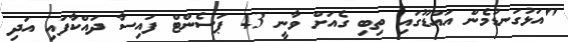
"އަޅުގަނޑުމެން އައްޑޫގައި ތިބި ގެއަށް ވާނީ 43 ޕަސެންޓް ފައިސާ ދައްކާފައި އަދި